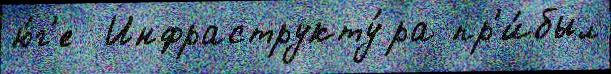
ю́г'е  Инфраструкту́ра пр'и́был